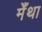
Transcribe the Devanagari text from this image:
मेँथा